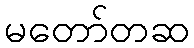
မတော်တဆ